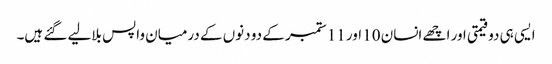
ایسی ہی دو قیمتی اور اچھے انسان 10 اور 11 ستمبر کے دو دنوں کے درمیان واپس بلالیے گئے ہیں۔